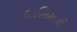
કાસિમની